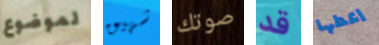
لموضوع شهيق صوتك قد اعطها